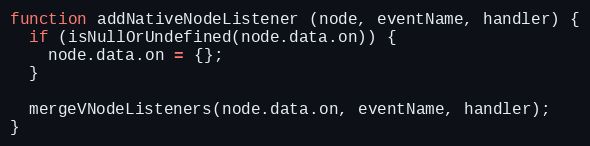
Language: JavaScript
function addNativeNodeListener (node, eventName, handler) {
  if (isNullOrUndefined(node.data.on)) {
    node.data.on = {};
  }

  mergeVNodeListeners(node.data.on, eventName, handler);
}